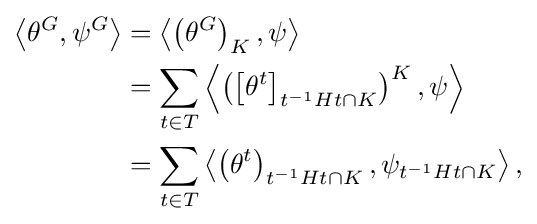
{\begin{aligned}\left\langle \theta ^{G},\psi ^{G}\right\rangle &=\left\langle \left(\theta ^{G}\right)_{K},\psi \right\rangle \\&=\sum _{t\in T}\left\langle \left(\left[\theta ^{t}\right]_{t^{-1}Ht\cap K}\right)^{K},\psi \right\rangle \\&=\sum _{t\in T}\left\langle \left(\theta ^{t}\right)_{t^{-1}Ht\cap K},\psi _{t^{-1}Ht\cap K}\right\rangle ,\end{aligned}}